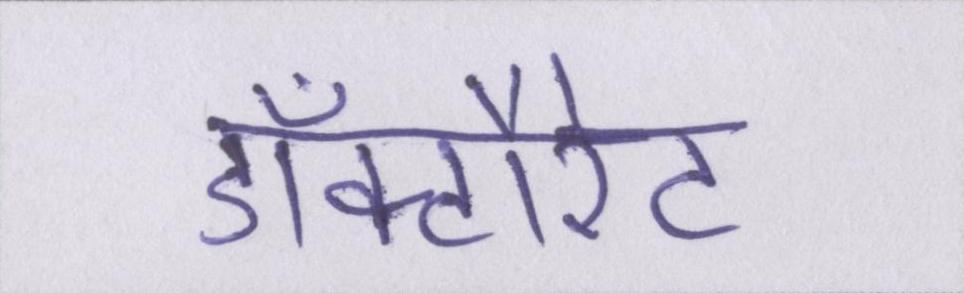
डॉक्टौरेट